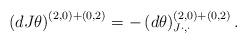
LaTeX: \begin{align*} \left(dJ\theta\right)^{(2,0)+(0,2)}=-\left(d\theta\right)^{(2,0)+(0,2)}_{J\cdot,\cdot}. \end{align*}